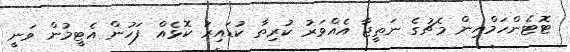
ޓޮޓެންހަމްއިން މެޗުގެ ނަތީޖާ އެއްވަރު ކުރިތާ ކުޑައިރު ކޮޅެއް ފަހުން އެޓީމުން ވަނީ